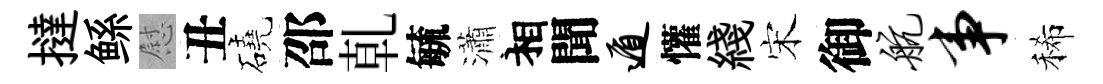
撻鲧慰丑磽邵乹毓瀟相聞遁懽綫宋御航事稀